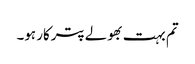
تم بہت بھولے پترکار ہو۔